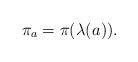
LaTeX: \begin{align*} \pi_a = \pi( \lambda(a_{})).\end{align*}